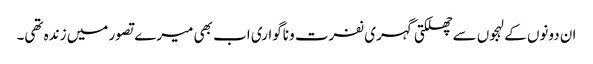
ان دونوں کے لہجوں سے چھلکتی گہری نفرت و ناگواری اب بھی میرے تصور میں زندہ تھی۔